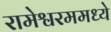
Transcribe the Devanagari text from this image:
रामेश्वरममध्ये